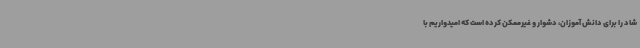
شاد را برای دانش آموزان، دشوار و غیرممکن کرده است که امیدواریم با